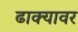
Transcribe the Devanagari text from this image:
ढाक्यावर